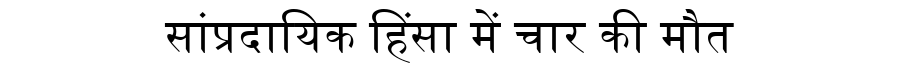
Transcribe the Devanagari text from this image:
सांप्रदायिक हिंसा में चार की मौत